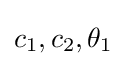
c_{1},c_{2},\theta _{1}